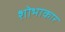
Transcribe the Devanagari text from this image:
शोभाकार